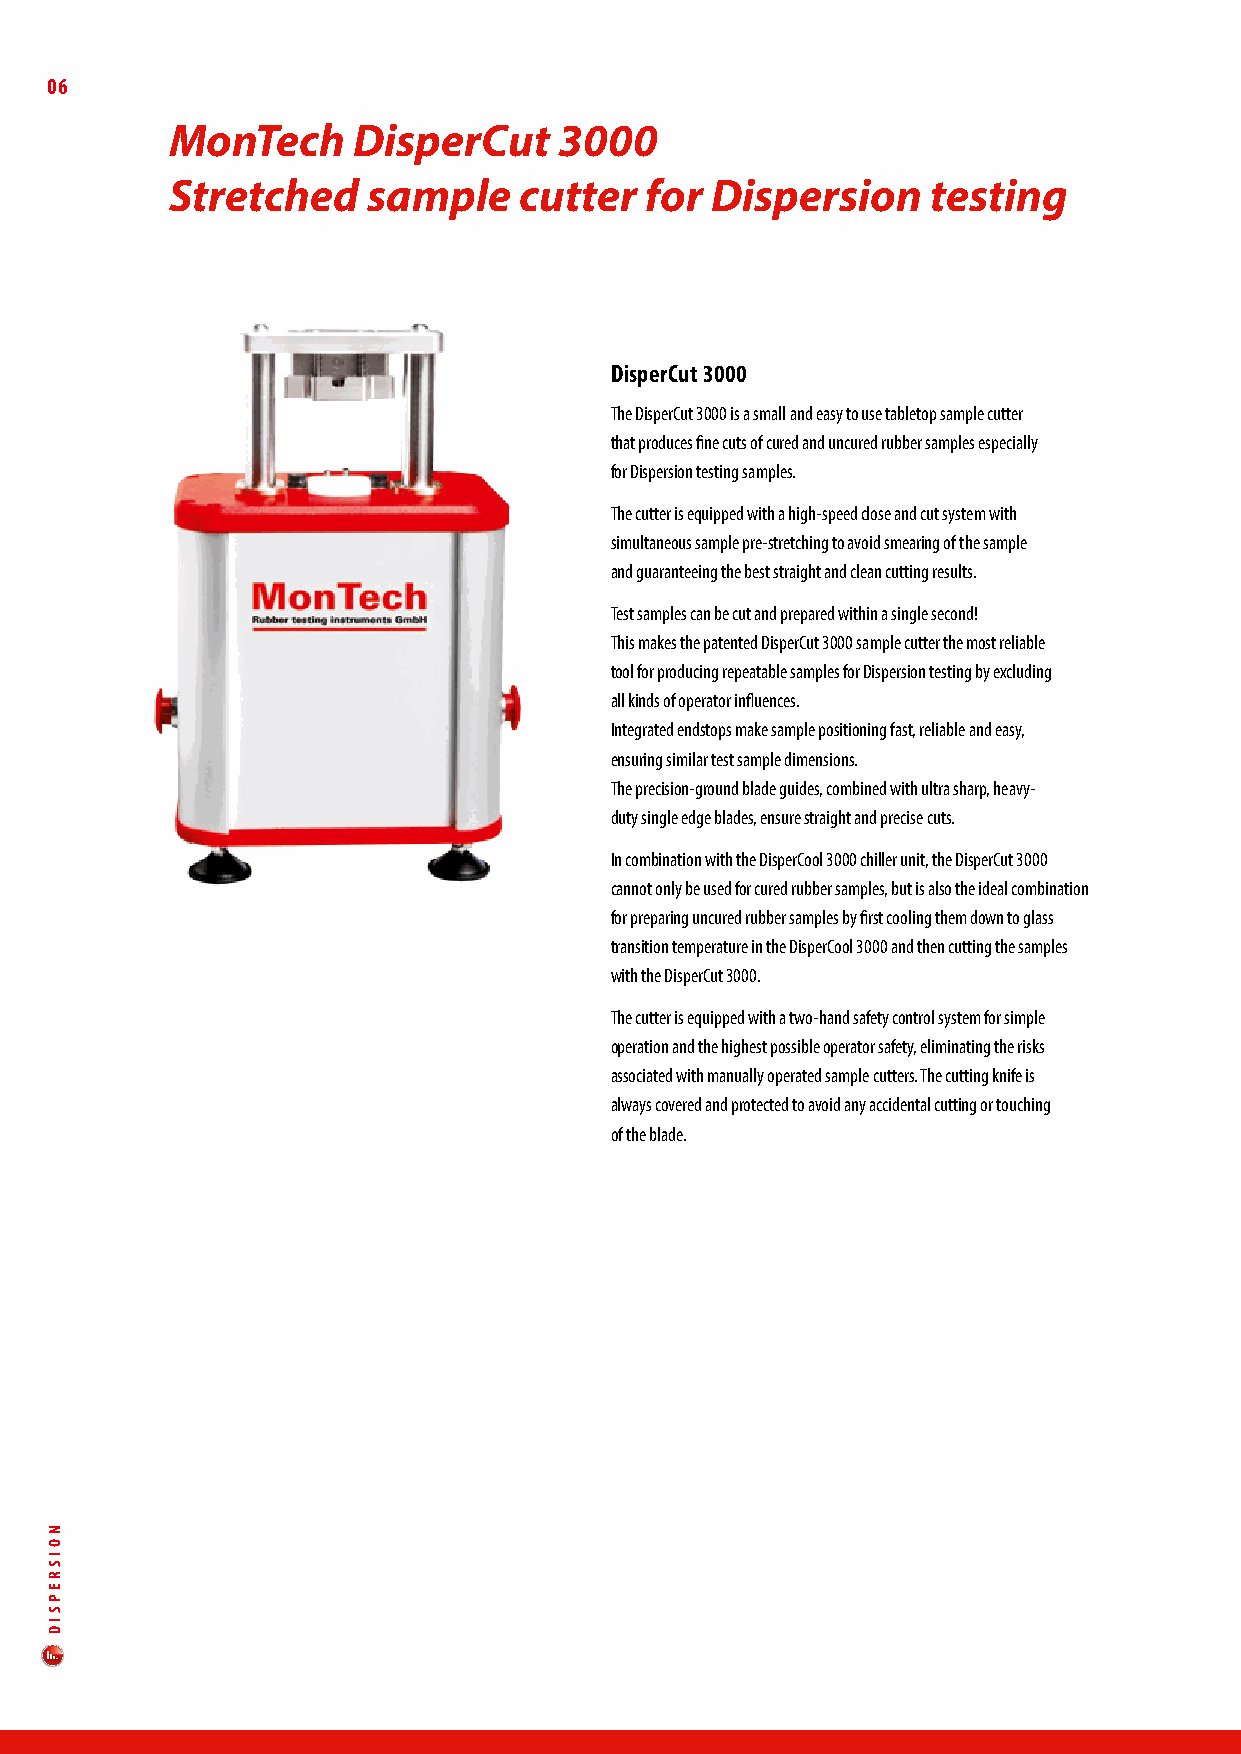
06
 MonTech     DisperCut     3000
 Stretched    sample    cutter   for Dispersion     testing
 disperCut 3000
 The DisperCut 3000 is a small and easy to use tabletop sample cutter
 that produces fine cuts of cured and uncured rubber samples especially
 for Dispersion testing samples.
 The cutter is equipped with a high-speed close and cut system with
 simultaneous sample pre-stretching to avoid smearing of the sample
 and guaranteeing the best straight and clean cutting results.
 Test samples can be cut and prepared within a single second!
 This makes the patented DisperCut 3000 sample cutter the most reliable
 tool for producing repeatable samples for Dispersion testing by excluding
 all kinds of operator influences.
 Integrated endstops make sample positioning fast, reliable and easy,
 ensuring similar test sample dimensions.
 The precision-ground blade guides, combined with ultra sharp, heavy-
 duty single edge blades, ensure straight and precise cuts.
 In combination with the DisperCool 3000 chiller unit, the DisperCut 3000
 cannot only be used for cured rubber samples, but is also the ideal combination
 for preparing uncured rubber samples by first cooling them down to glass
 transition temperature in the DisperCool 3000 and then cutting the samples
 with the DisperCut 3000.
 The cutter is equipped with a two-hand safety control system for simple
 operation and the highest possible operator safety, eliminating the risks
 associated with manually operated sample cutters. The cutting knife is
 always covered and protected to avoid any accidental cutting or touching
 of the blade.
 NOISREPSId